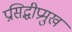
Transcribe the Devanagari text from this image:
प्रसिद्धीप्रमुख